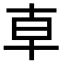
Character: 𠦝